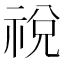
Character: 祱